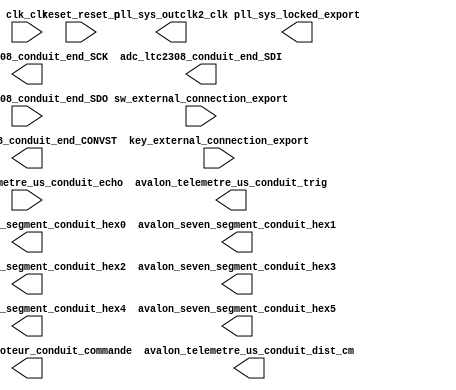

module DE1_SoC_QSYS (
	adc_ltc2308_conduit_end_CONVST,
	adc_ltc2308_conduit_end_SCK,
	adc_ltc2308_conduit_end_SDI,
	adc_ltc2308_conduit_end_SDO,
	avalon_servomoteur_conduit_commande,
	avalon_seven_segment_conduit_hex0,
	avalon_seven_segment_conduit_hex1,
	avalon_seven_segment_conduit_hex2,
	avalon_seven_segment_conduit_hex3,
	avalon_seven_segment_conduit_hex4,
	avalon_seven_segment_conduit_hex5,
	avalon_telemetre_us_conduit_dist_cm,
	avalon_telemetre_us_conduit_echo,
	avalon_telemetre_us_conduit_trig,
	clk_clk,
	key_external_connection_export,
	pll_sys_locked_export,
	pll_sys_outclk2_clk,
	reset_reset_n,
	sw_external_connection_export);	

	output		adc_ltc2308_conduit_end_CONVST;
	output		adc_ltc2308_conduit_end_SCK;
	output		adc_ltc2308_conduit_end_SDI;
	input		adc_ltc2308_conduit_end_SDO;
	output		avalon_servomoteur_conduit_commande;
	output	[6:0]	avalon_seven_segment_conduit_hex0;
	output	[6:0]	avalon_seven_segment_conduit_hex1;
	output	[6:0]	avalon_seven_segment_conduit_hex2;
	output	[6:0]	avalon_seven_segment_conduit_hex3;
	output	[6:0]	avalon_seven_segment_conduit_hex4;
	output	[6:0]	avalon_seven_segment_conduit_hex5;
	output	[9:0]	avalon_telemetre_us_conduit_dist_cm;
	input		avalon_telemetre_us_conduit_echo;
	output		avalon_telemetre_us_conduit_trig;
	input		clk_clk;
	input	[3:0]	key_external_connection_export;
	output		pll_sys_locked_export;
	output		pll_sys_outclk2_clk;
	input		reset_reset_n;
	input	[9:0]	sw_external_connection_export;
endmodule